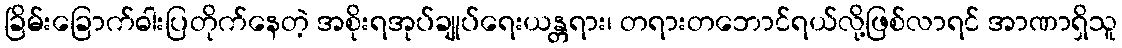
ခြိမ်းခြောက်ဓါးပြတိုက်နေတဲ့ အစိုးရအုပ်ချုပ်ရေးယန္တရား၊ တရားတဘောင်ရယ်လို့ဖြစ်လာရင် အာဏာရှိသူ